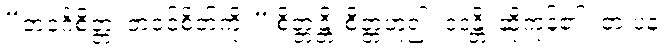
“ဘဝင်္ဂစိတ္တံ၊ ဘဝင်စိတ်ကို။” စိတ္တန္တိ၊ စိတ္တံဟူ၍။ ဝဒန္တိ၊ ဆိုကုန်၏။ တံ ပန၊